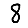
Digit: 8